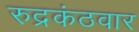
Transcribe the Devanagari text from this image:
रुद्रकंठवार